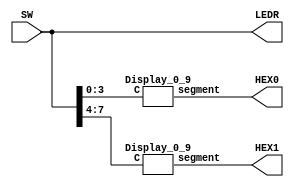
//
// ============================================================
// Laboratory: 		Lab 2 - Part 1 - Digital Logic
// Description:		Using 2x 7-Seg displays, control each one to 
//					output the values of 0-9 using 8x switches.  4x switches
//					control one 7-seg and 4x switchs control another.
//					The idea using BCDs, 4'bxxxx -> 1'd
// By:				K. Walsh
//

// ============================================================
// Top Level Module
module bcd_2hex (SW, LEDR, HEX0, HEX1);
	input [7:0] SW;
	output [7:0] LEDR;
	output [6:0] HEX0, HEX1;
	
	assign LEDR = SW; //activate LED when switch is high '1'
	
	wire [3:0] Ch0, Ch1;
	assign Ch0 = SW[3:0]; //4'bxxxx to HEX0
	assign Ch1 = SW[7:4]; //4'bxxxx to HEX1
	
	// Instantiate BCD/Display Module
	Display_0_9 d0 (Ch0, HEX0);
	Display_0_9 d1 (Ch1, HEX1);
	
endmodule


// Display Module (digits 0-9)
module Display_0_9 (C, segment);
	input [3:0] C;
	output [6:0] segment;
	
	assign segment[0] = (~C[3]&~C[2]&~C[1]&C[0])|(~C[3]&C[2]&~C[1]&~C[0]);	//segment off, digits(1,4)
	//0001 OR 0100
	assign segment[1] = (~C[3]&C[2]&~C[1]&C[0])|(~C[3]&C[2]&C[1]&~C[0]);	//segment off, digits(5,6)
	//0101 OR 0110
	assign segment[2] = (~C[3]&~C[2]&C[1]&~C[0]);	//segment off, digits(2)
	//0010
	assign segment[3] = (~C[3]&~C[2]&~C[1]&C[0])|(~C[3]&C[2]&~C[1]&~C[0])|(~C[3]&C[2]&C[1]&C[0])|(C[3]&~C[2]&~C[1]&C[0]);	//segment off, digits(1,4,7,9)
	//0001 OR 0100 OR 0111 OR 1001
	assign segment[4] = (~C[3]&~C[2]&~C[1]&C[0])|(~C[3]&~C[2]&C[1]&C[0])|(~C[3]&C[2]&~C[1]&~C[0])|(~C[3]&C[2]&~C[1]&C[0])|(~C[3]&C[2]&C[1]&C[0])|(C[3]&~C[2]&~C[1]&C[0]);	//segment off, digits(1,3,4,5,7,9)
	//0001 OR 0011 OR 0100 OR 0101 OR 0111 OR 1001 
	assign segment[5] = (~C[3]&~C[2]&~C[1]&C[0])|(~C[3]&~C[2]&C[1]&~C[0])|(~C[3]&~C[2]&C[1]&C[0])|(~C[3]&C[2]&C[1]&C[0]);	//segment off, digits(1,2,3,7)
	//0001 OR 0010 OR 0011 OR 0111 
	assign segment[6] = (~C[3]&~C[2]&~C[1]&~C[0])|(~C[3]&~C[2]&~C[1]&C[0])|(~C[3]&C[2]&C[1]&C[0]);	//segment off, digits(0,1,7)
	//0000 OR 0001 OR 0111

endmodule